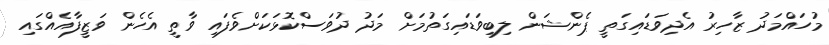
މުހައްމަދު ޒާހިރު އެދިވަޑައިގަތީ ޕެންޝަން ލިބިވަޑައިގަތުމަށް މަދު ދުވަސްކޮޅަކަށްވެފައި ވާތީ އެހެން ވަޒީފާއެއްގައި